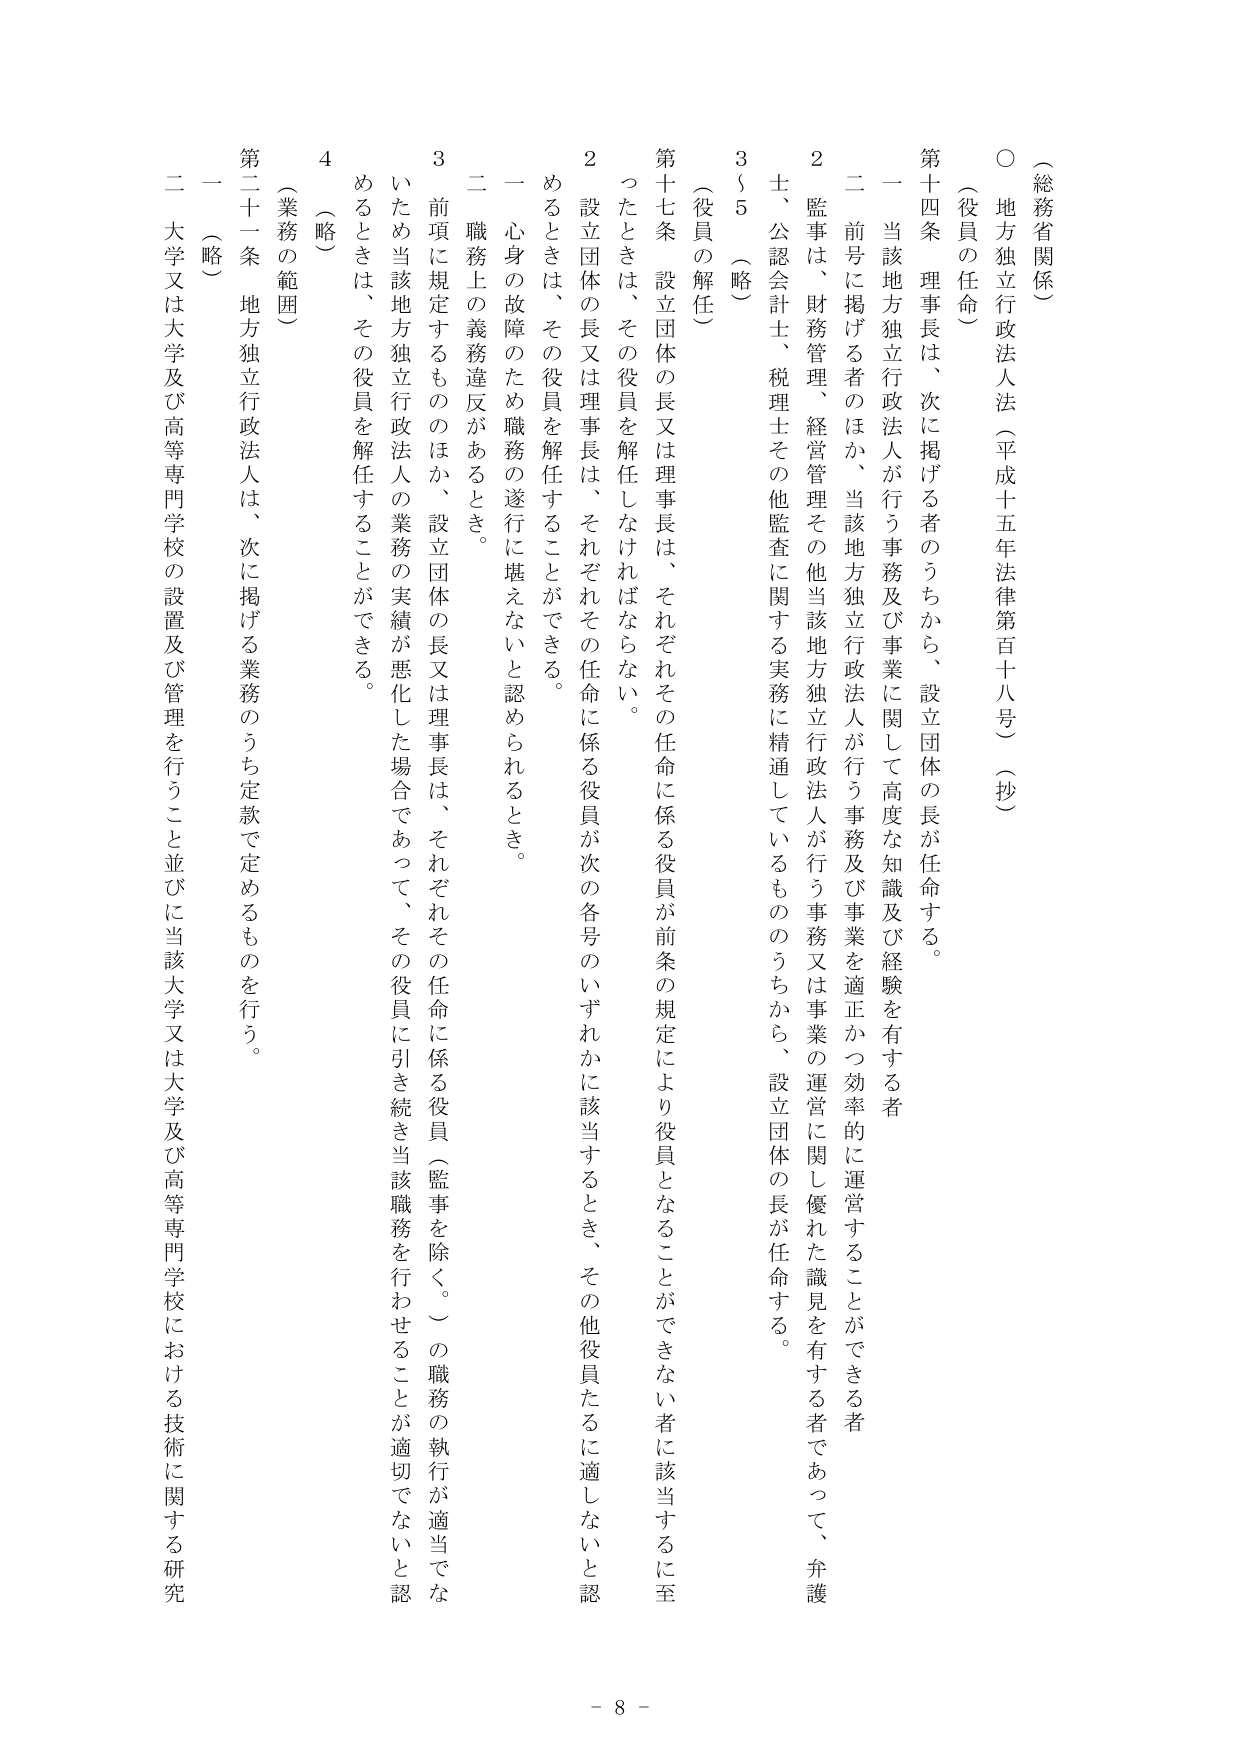
（総務省関係）

○ 地方独立行政法人法（平成十五年法律第百十八号）（抄）

（役員の任命）

第十四条 理事長は、次に掲げる者のうちから、設立団体の長が任命する。

一 当該地方独立行政法人が行う事務及び事業に関して高度な知識及び経験を有する者

二 前号に掲げる者のほか、当該地方独立行政法人が行う事務及び事業を適正かつ効率的に運営することができる者

２ 監事は、財務管理、経営管理その他当該地方独立行政法人が行う事務又は事業の運営に関し優れた識見を有する者であって、弁護士、公認会計士、税理士その他監査に関する実務に精通しているもののうちから、設立団体の長が任命する。

３～５ （略）

（役員の解任）

第十七条 設立団体の長又は理事長は、それぞれその任命に係る役員が前条の規定により役員となることができない者に該当するに至ったときは、その役員を解任しなければならない。

２ 設立団体の長又は理事長は、それぞれその任命に係る役員が次の各号のいずれかに該当するとき、その他役員たるに適しないと認めるときは、その役員を解任することができる。

一 心身の故障のため職務の遂行に堪えないと認められるとき。

二 職務上の義務違反があるとき。

３ 前項に規定するもののほか、設立団体の長又は理事長は、それぞれその任命に係る役員（監事を除く。）の職務の執行が適当でないため当該地方独立行政法人の業務の実績が悪化した場合であって、その役員に引き続き当該職務を行わせることが適切でないと認めるときは、その役員を解任することができる。

４ （略）

（業務の範囲）

第二十一条 地方独立行政法人は、次に掲げる業務のうち定款で定めるものを行う。

一 （略）

二 大学又は大学及び高等専門学校の設置及び管理を行うこと並びに当該大学又は大学及び高等専門学校における技術に関する研究

- 8 -